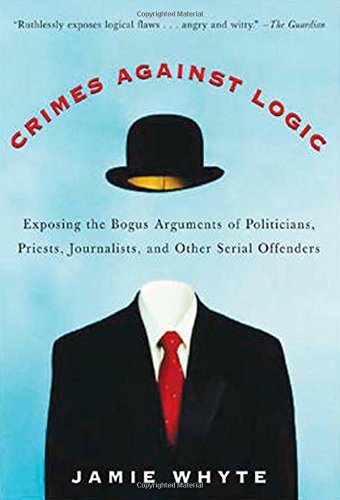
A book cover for Crimes Against Logic: Exposing the Bogus Arguments of Politicians, Priests, Journalists, and Other Serial Offenders; Jamie Whyte; Politics & Social Sciences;